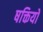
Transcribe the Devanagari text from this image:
षक्तियों